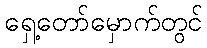
ရှေ့တော်မှောက်တွင်